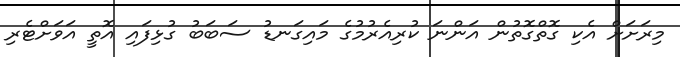
މިރަށަށް އެކި ގޮތްގޮތުން އަންނަ ކުރިއެރުމުގެ މައިގަނޑު ސަބަބު ގުޅިފައި އޮތީ އަވަށްޓެރި